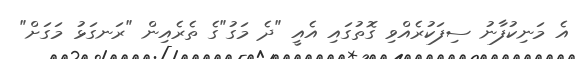
އެ މަނިކުފާނު ސިފަކުރެއްވި ގޮތުގައި އެއީ "ދެ މަގު"ގެ ތެރެއިން "ރަނގަޅު މަގަށް"